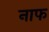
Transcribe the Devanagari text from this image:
नाफ